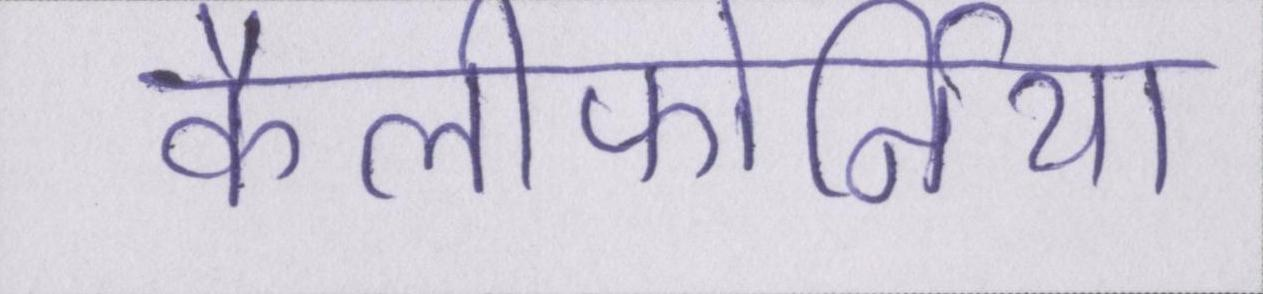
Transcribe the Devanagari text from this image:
कैलीफोर्निया